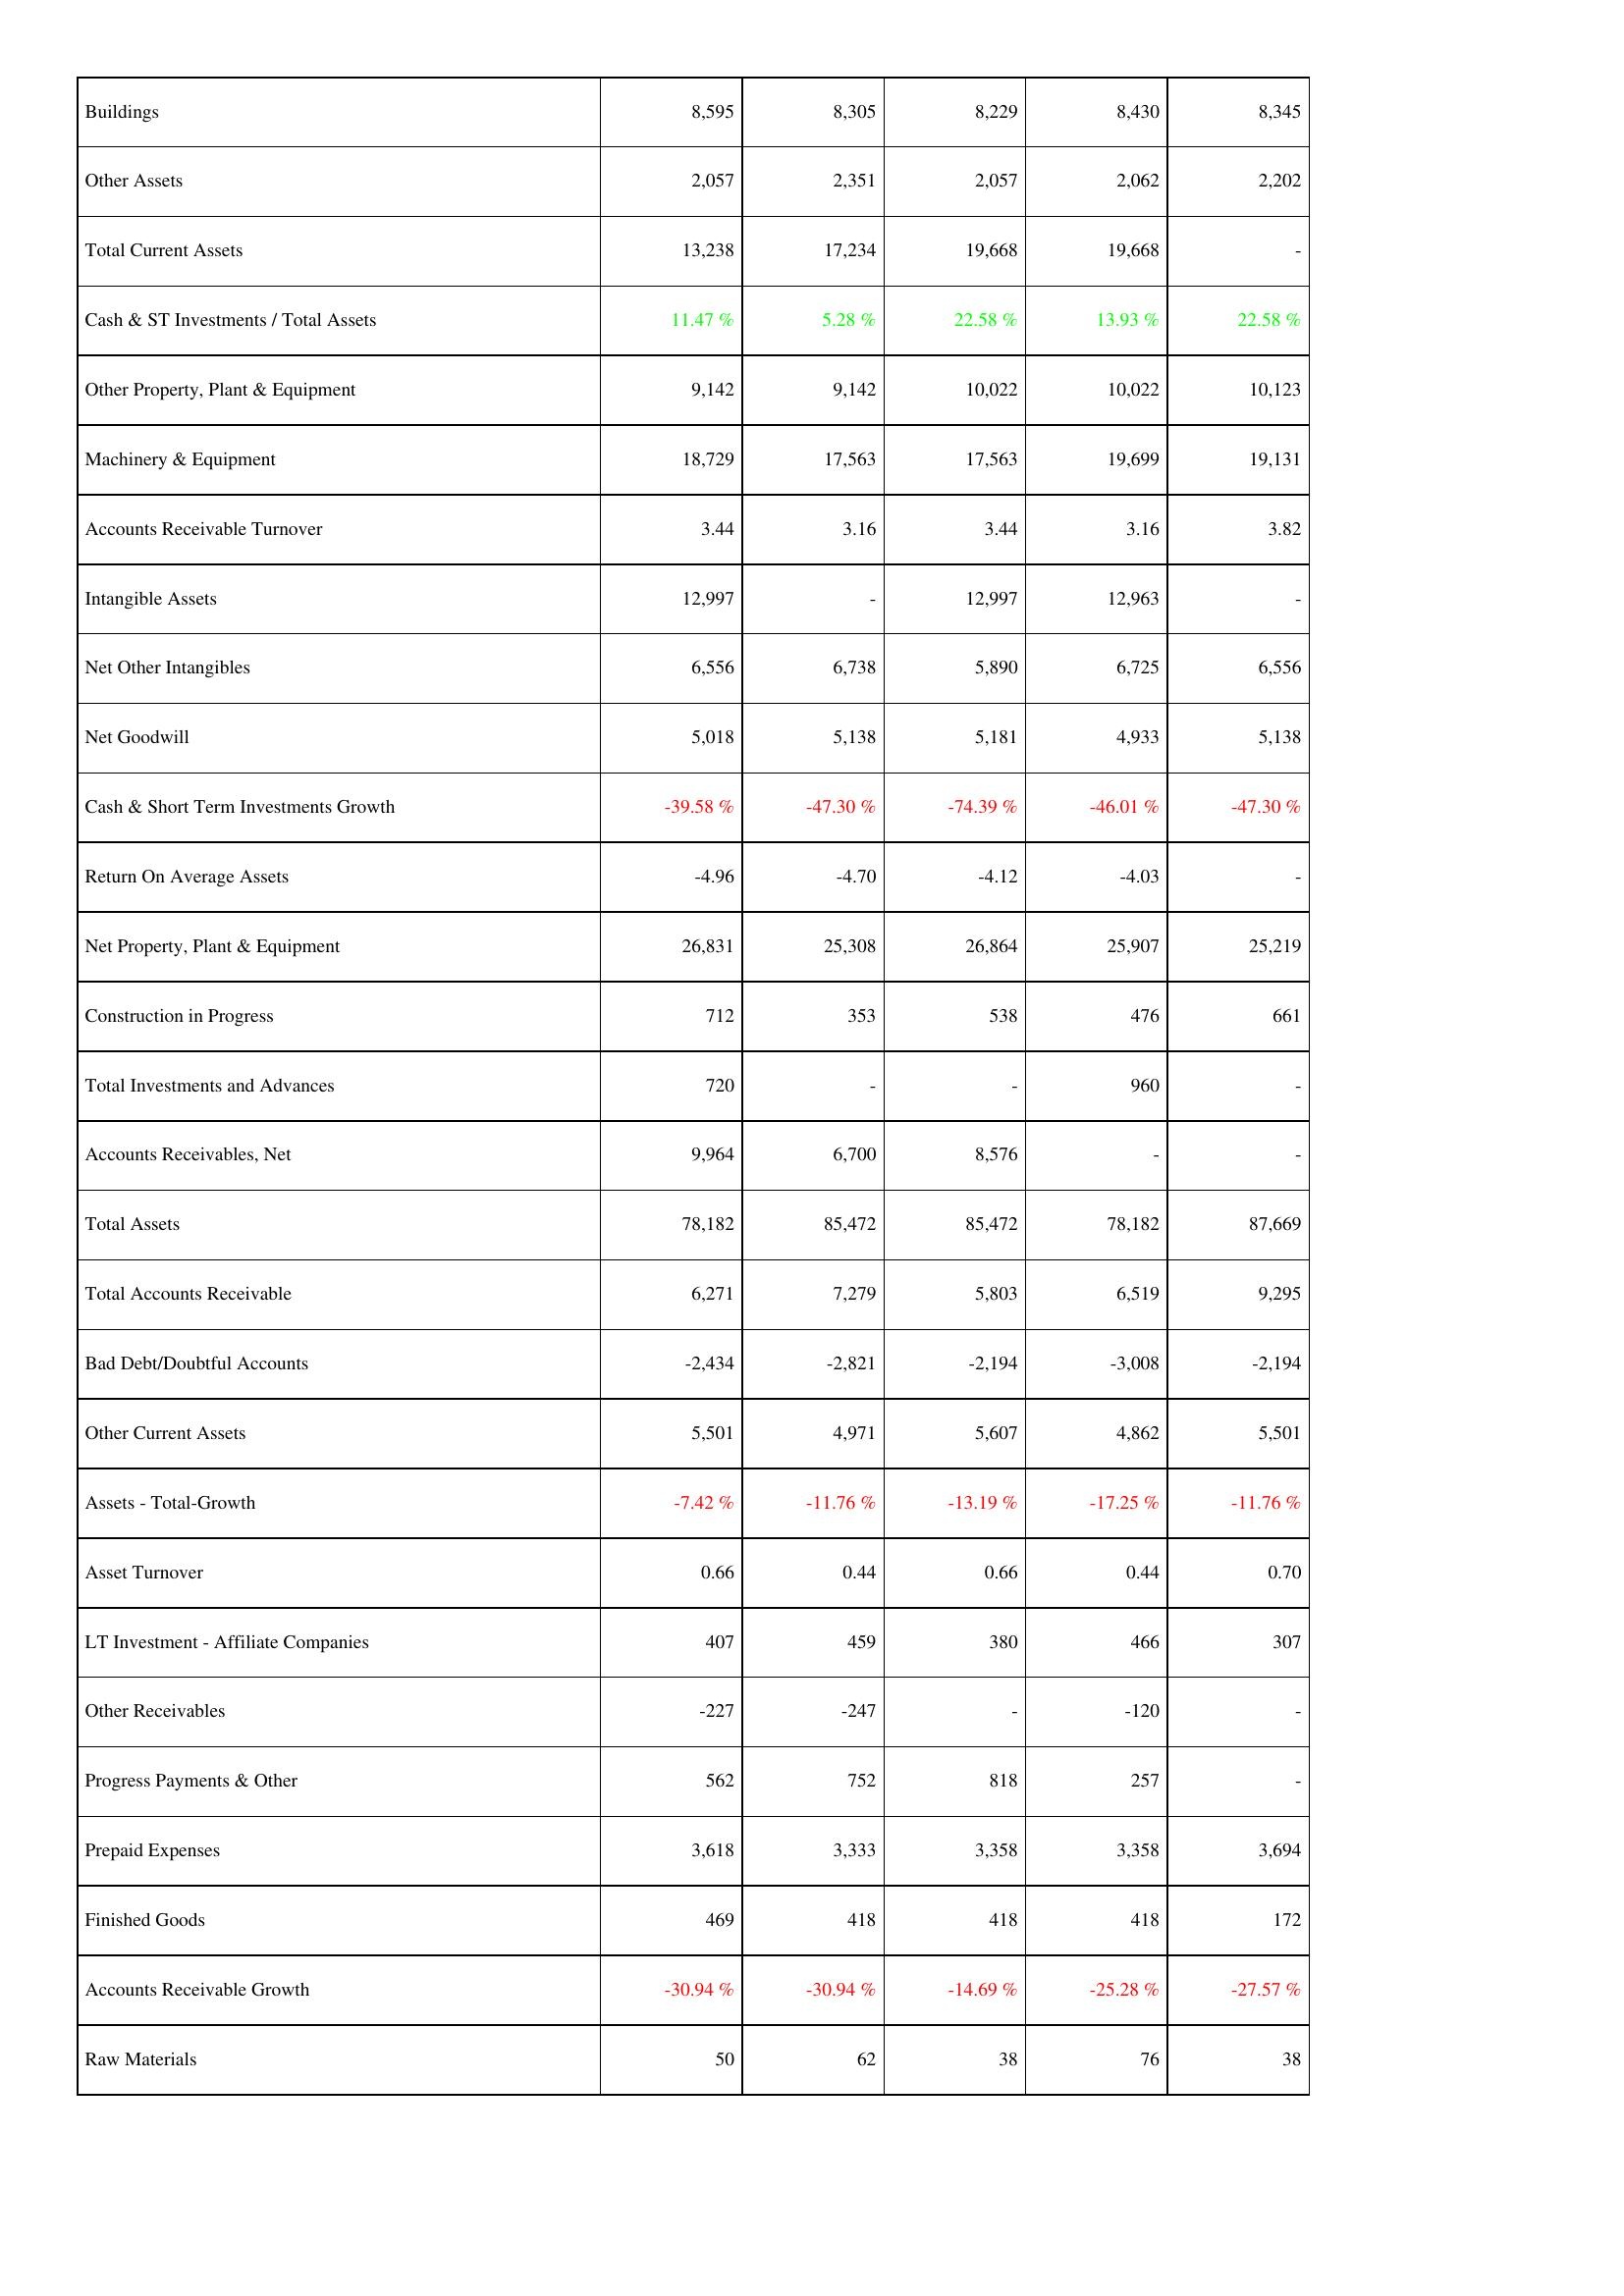
2015: Assets: Buildings: 8,595
Other Assets: 2,057
Total Current Assets: 13,238
Cash & ST Investments / Total Assets: 11.47 %
Other Property, Plant & Equipment: 9,142
Machinery & Equipment: 18,729
Accounts Receivable Turnover: 3.44
Intangible Assets: 12,997
Net Other Intangibles: 6,556
Net Goodwill: 5,018
Cash & Short Term Investments Growth: -39.58 %
Return On Average Assets: -4.96
Net Property, Plant & Equipment: 26,831
Construction in Progress: 712
Total Investments and Advances: 720
Accounts Receivables, Net: 9,964
Total Assets: 78,182
Total Accounts Receivable: 6,271
Bad Debt/Doubtful Accounts: -2,434
Other Current Assets: 5,501
Assets - Total-Growth: -7.42 %
Asset Turnover: 0.66
LT Investment - Affiliate Companies: 407
Other Receivables: -227
Progress Payments & Other: 562
Prepaid Expenses: 3,618
Finished Goods: 469
Accounts Receivable Growth: -30.94 %
Raw Materials: 50
2016: Assets: Buildings: 8,305
Other Assets: 2,351
Total Current Assets: 17,234
Cash & ST Investments / Total Assets: 5.28 %
Other Property, Plant & Equipment: 9,142
Machinery & Equipment: 17,563
Accounts Receivable Turnover: 3.16
Intangible Assets: -
Net Other Intangibles: 6,738
Net Goodwill: 5,138
Cash & Short Term Investments Growth: -47.30 %
Return On Average Assets: -4.70
Net Property, Plant & Equipment: 25,308
Construction in Progress: 353
Total Investments and Advances: -
Accounts Receivables, Net: 6,700
Total Assets: 85,472
Total Accounts Receivable: 7,279
Bad Debt/Doubtful Accounts: -2,821
Other Current Assets: 4,971
Assets - Total-Growth: -11.76 %
Asset Turnover: 0.44
LT Investment - Affiliate Companies: 459
Other Receivables: -247
Progress Payments & Other: 752
Prepaid Expenses: 3,333
Finished Goods: 418
Accounts Receivable Growth: -30.94 %
Raw Materials: 62
2017: Assets: Buildings: 8,229
Other Assets: 2,057
Total Current Assets: 19,668
Cash & ST Investments / Total Assets: 22.58 %
Other Property, Plant & Equipment: 10,022
Machinery & Equipment: 17,563
Accounts Receivable Turnover: 3.44
Intangible Assets: 12,997
Net Other Intangibles: 5,890
Net Goodwill: 5,181
Cash & Short Term Investments Growth: -74.39 %
Return On Average Assets: -4.12
Net Property, Plant & Equipment: 26,864
Construction in Progress: 538
Total Investments and Advances: -
Accounts Receivables, Net: 8,576
Total Assets: 85,472
Total Accounts Receivable: 5,803
Bad Debt/Doubtful Accounts: -2,194
Other Current Assets: 5,607
Assets - Total-Growth: -13.19 %
Asset Turnover: 0.66
LT Investment - Affiliate Companies: 380
Other Receivables: -
Progress Payments & Other: 818
Prepaid Expenses: 3,358
Finished Goods: 418
Accounts Receivable Growth: -14.69 %
Raw Materials: 38
2018: Assets: Buildings: 8,430
Other Assets: 2,062
Total Current Assets: 19,668
Cash & ST Investments / Total Assets: 13.93 %
Other Property, Plant & Equipment: 10,022
Machinery & Equipment: 19,699
Accounts Receivable Turnover: 3.16
Intangible Assets: 12,963
Net Other Intangibles: 6,725
Net Goodwill: 4,933
Cash & Short Term Investments Growth: -46.01 %
Return On Average Assets: -4.03
Net Property, Plant & Equipment: 25,907
Construction in Progress: 476
Total Investments and Advances: 960
Accounts Receivables, Net: -
Total Assets: 78,182
Total Accounts Receivable: 6,519
Bad Debt/Doubtful Accounts: -3,008
Other Current Assets: 4,862
Assets - Total-Growth: -17.25 %
Asset Turnover: 0.44
LT Investment - Affiliate Companies: 466
Other Receivables: -120
Progress Payments & Other: 257
Prepaid Expenses: 3,358
Finished Goods: 418
Accounts Receivable Growth: -25.28 %
Raw Materials: 76
2019: Assets: Buildings: 8,345
Other Assets: 2,202
Total Current Assets: -
Cash & ST Investments / Total Assets: 22.58 %
Other Property, Plant & Equipment: 10,123
Machinery & Equipment: 19,131
Accounts Receivable Turnover: 3.82
Intangible Assets: -
Net Other Intangibles: 6,556
Net Goodwill: 5,138
Cash & Short Term Investments Growth: -47.30 %
Return On Average Assets: -
Net Property, Plant & Equipment: 25,219
Construction in Progress: 661
Total Investments and Advances: -
Accounts Receivables, Net: -
Total Assets: 87,669
Total Accounts Receivable: 9,295
Bad Debt/Doubtful Accounts: -2,194
Other Current Assets: 5,501
Assets - Total-Growth: -11.76 %
Asset Turnover: 0.70
LT Investment - Affiliate Companies: 307
Other Receivables: -
Progress Payments & Other: -
Prepaid Expenses: 3,694
Finished Goods: 172
Accounts Receivable Growth: -27.57 %
Raw Materials: 38